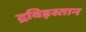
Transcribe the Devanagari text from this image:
द्रविड़स्तान